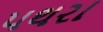
પથરા